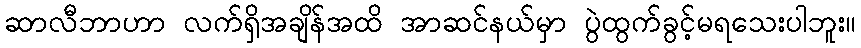
ဆာလီဘာဟာ လက်ရှိအချိန်အထိ အာဆင်နယ်မှာ ပွဲထွက်ခွင့်မရသေးပါဘူး။